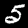
Digit: 5